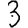
Digit: 3